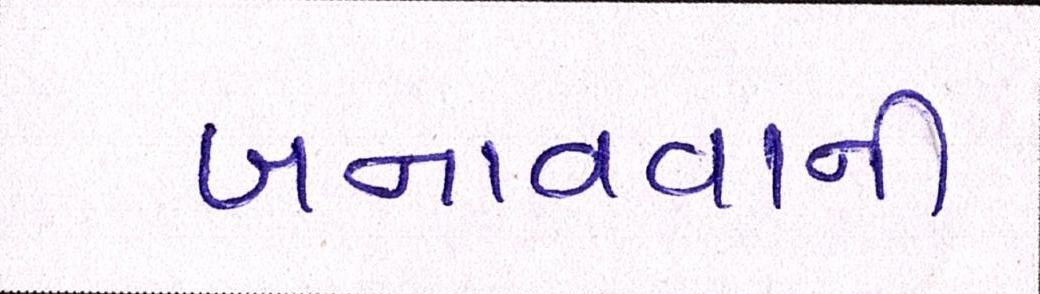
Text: બનાવવાની